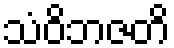
သံဝိဘဇတိ